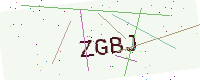
Text: ZGBJ